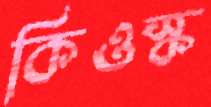
কিওস্ক